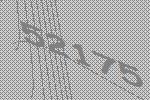
52175